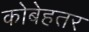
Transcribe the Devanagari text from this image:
कोबेहतर